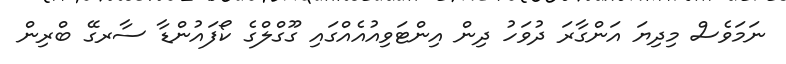
ނަމަވެސް މިދިޔަ އަންގާރަ ދުވަހު ދިން އިންޓަވިއުއެއްގައި ގޫގްލްގެ ކޯފައުންޑާ ސާރގޭ ބްރިން